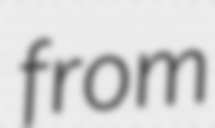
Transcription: from